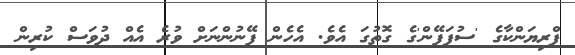
ޕްރިޔަންކާގެ 'ސުޕަފޭން'ގެ ގޮތުގަ އެވެ. އެހެން ފޭނުންނަށް ވުރެ އެއް ދުވަސް ކުރިން